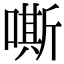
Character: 嘶